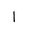
Letter: _alif